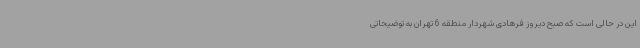
این در حالی است که صبح دیروز فرهادی شهردار منطقه 6 تهران به توضیحاتی